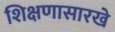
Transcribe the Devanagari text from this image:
शिक्षणासारखे